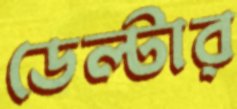
ডেল্টার